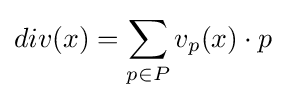
div(x)=\sum _{p\in P}v_{p}(x)\cdot p